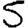
Digit: 5